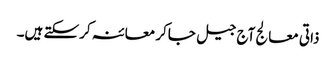
ذاتی معالج آج جیل جاکر معائنہ کرسکتے ہیں۔